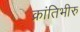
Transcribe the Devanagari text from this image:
क्रांतिभीरु